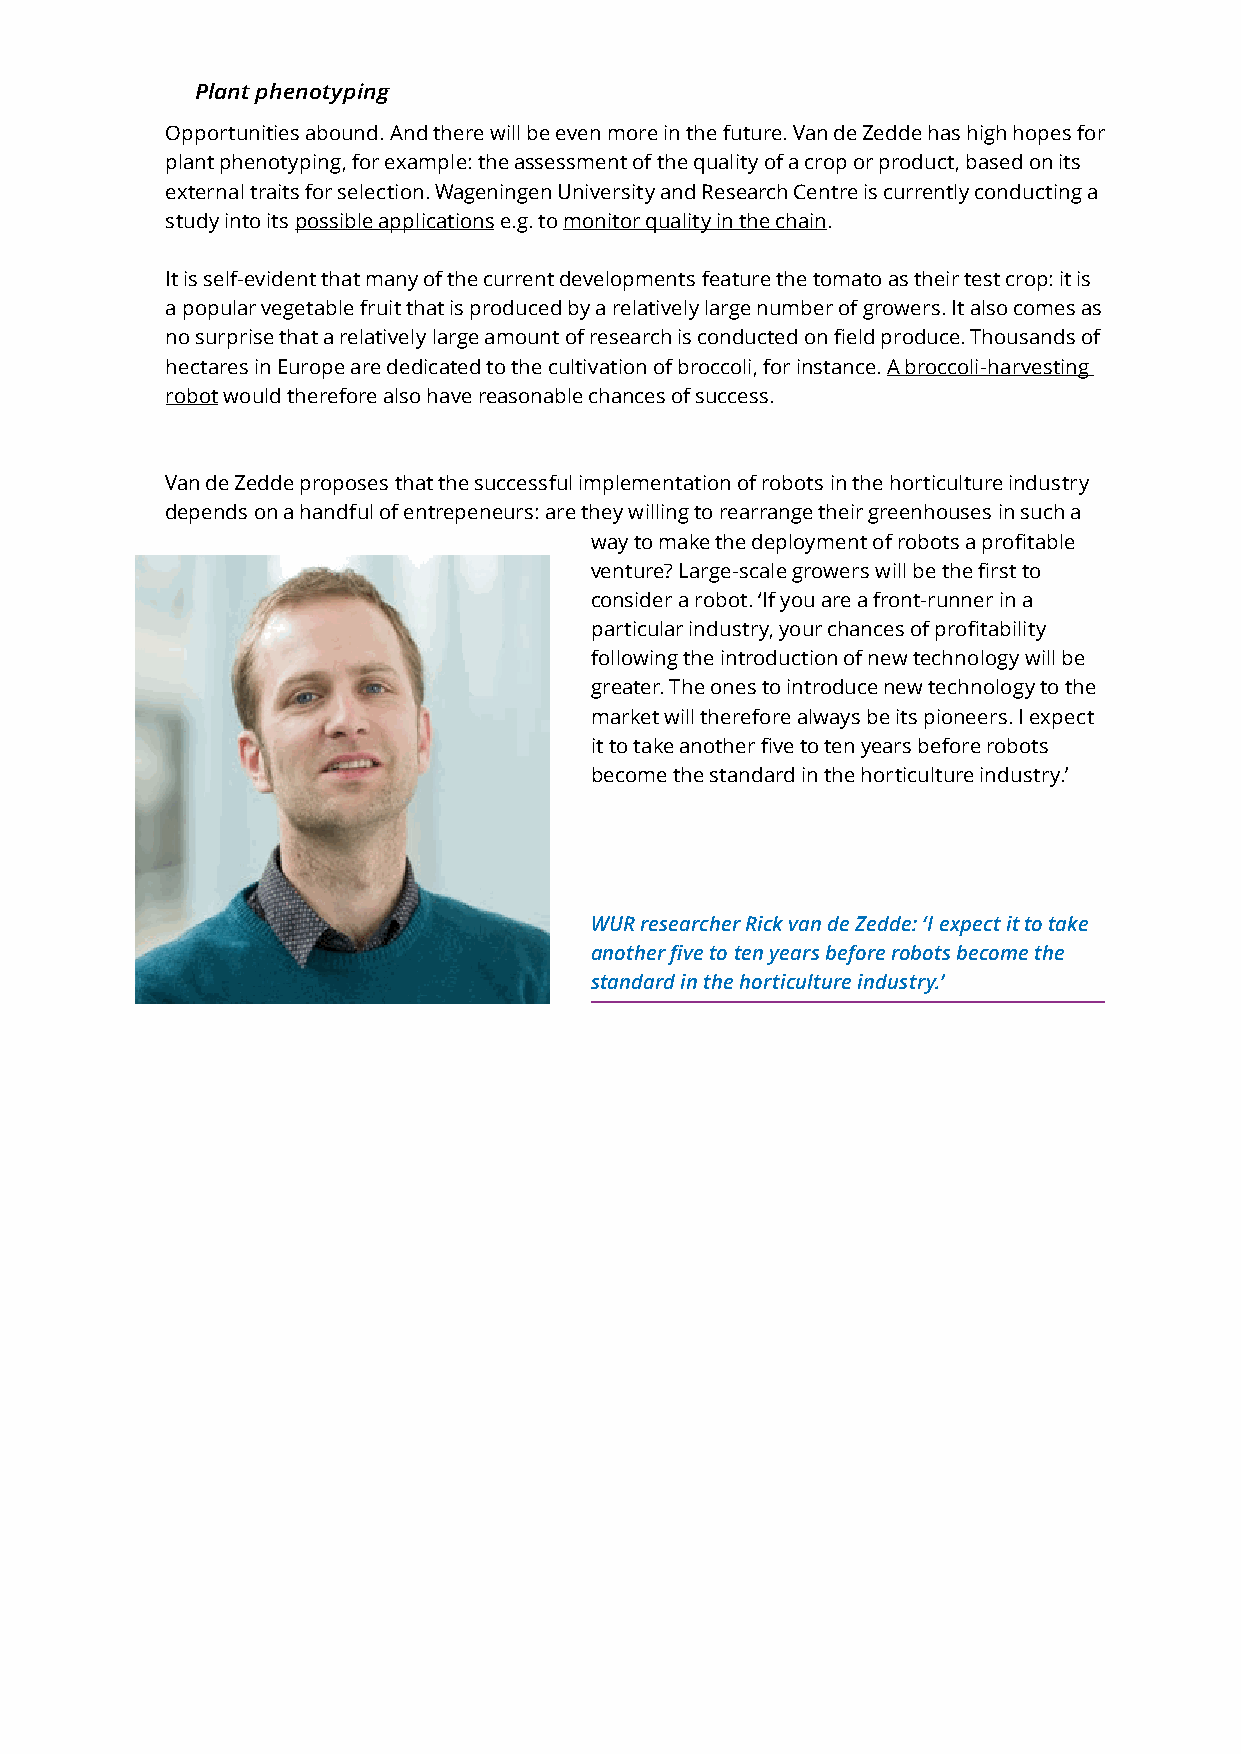
Plant phenotyping
 Opportunities abound. And there will be even more in the future. Van de Zedde has high hopes for
 plant phenotyping, for example: the assessment of the quality of a crop or product, based on its
 external traits for selection. Wageningen University and Research Centre is currently conducting a
 study into its possible applications e.g. to monitor quality in the chain.
 It is self-evident that many of the current developments feature the tomato as their test crop: it is
 a popular vegetable fruit that is produced by a relatively large number of growers. It also comes as
 no surprise that a relatively large amount of research is conducted on field produce. Thousands of
 hectares in Europe are dedicated to the cultivation of broccoli, for instance. A broccoli-harvesting
 robot would therefore also have reasonable chances of success.
 Van de Zedde proposes that the successful implementation of robots in the horticulture industry
 depends on a handful of entrepeneurs: are they willing to rearrange their greenhouses in such a
 way to make the deployment of robots a profitable
 venture? Large-scale growers will be the first to
 consider a robot. ‘If you are a front-runner in a
 particular industry, your chances of profitability
 following the introduction of new technology will be
 greater. The ones to introduce new technology to the
 market will therefore always be its pioneers. I expect
 it to take another five to ten years before robots
 become the standard in the horticulture industry.’
 WUR researcher Rick van de Zedde: ‘I expect it to take
 another five to ten years before robots become the
 standard in the horticulture industry.’